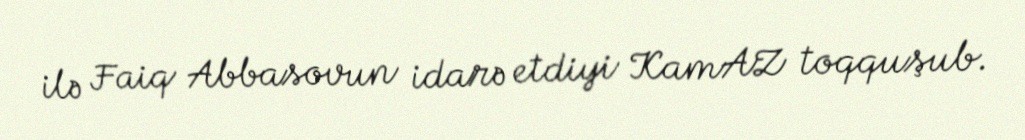
ilə Faiq Abbasovun idarə etdiyi KamAZ toqquşub.